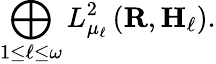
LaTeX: \bigoplus_{1\leq\ell\leq\omega}L_{\mu_{\ell}}^{2}\left(\mathbf{R},\mathbf{H}_{\ell}\right).